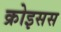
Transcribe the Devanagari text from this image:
क्रोइसस